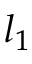
l _ { 1 }